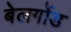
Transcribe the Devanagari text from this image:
बेलगोंड